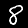
Digit: 8